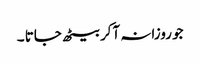
جو روزانہ آکر بیٹھ جاتا ۔